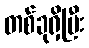
တစ်ခုရှိပြီး